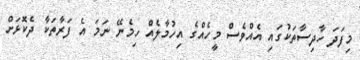
މިފަދަ ހާދިސާތަކުގައި އެއްވެސް މީހެއްގެ އިހުމާލެއް ހިމެނޭ ނަމަ އެ ފަރާތަކާ ދެކޮޅަށް